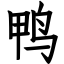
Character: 鸭